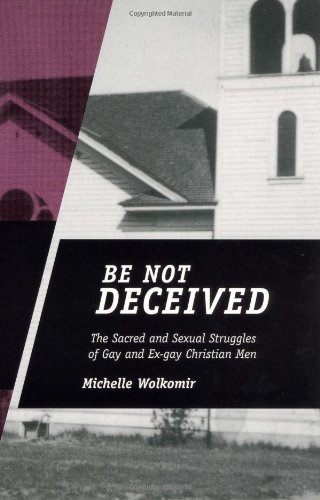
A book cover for Be Not Deceived: The Sacred and Sexual Struggles of Gay and Ex-Gay Christian Men; Michelle Wolkomir; Religion & Spirituality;